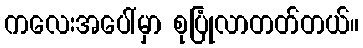
ကလေးအပေါ်မှာ စုပြုံလာတတ်တယ်။